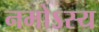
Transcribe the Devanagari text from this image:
नमोऽस्य